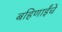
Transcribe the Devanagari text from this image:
बहिणाईंचे